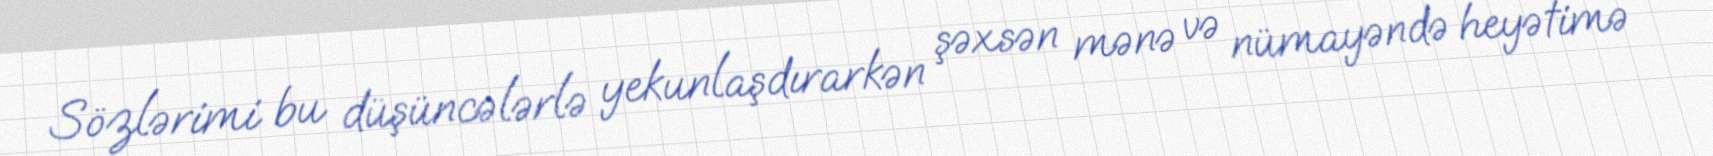
Sözlərimi bu düşüncələrlə yekunlaşdırarkən şəxsən mənə və nümayəndə heyətimə